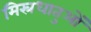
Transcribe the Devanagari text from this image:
मिस्रधातुओं